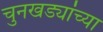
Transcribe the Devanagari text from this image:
चुनखड्यांच्या